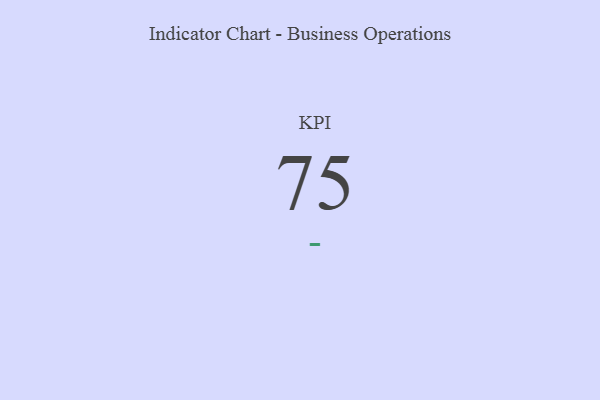
{"axis": {"x": "KPI", "y": "Value"}, "legend": [""], "data": [{"x": "KPI", "y": 75, "type": ""}]}